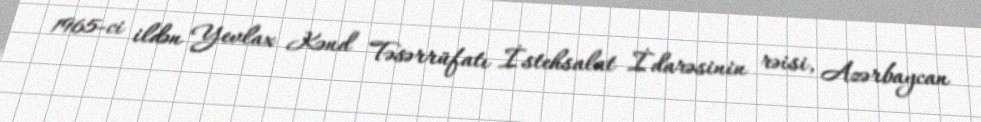
1965-ci ildən Yevlax Kənd Təsərrüfatı İstehsalat İdarəsinin rəisi, Azərbaycan